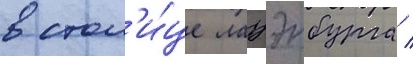
в стол'и́це лауэнбурга /